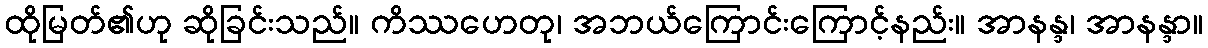
ထိုမြတ်၏ဟု ဆိုခြင်းသည်။ ကိဿဟေတု၊ အဘယ်ကြောင်းကြောင့်နည်း။ အာနန္ဒ၊ အာနန္ဒာ။